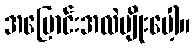
အပြောင်းအလဲမျိုးပေါ့။